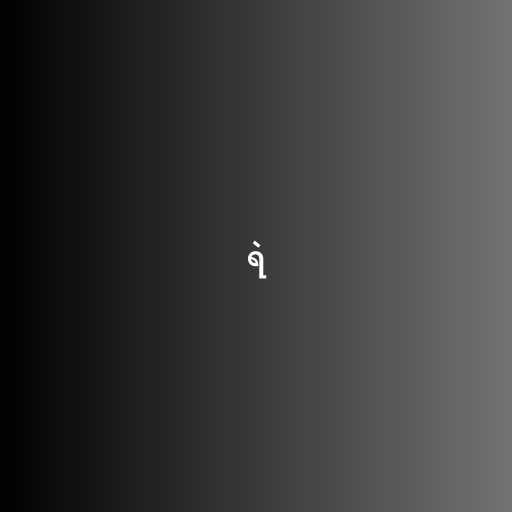
ရဲ